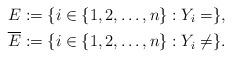
LaTeX: \begin{align*} E &:= \{ i \in \{1, 2, \ldots, n\} : Y_i = \},\\ \overline{E} &:= \{ i \in \{1, 2, \ldots, n\} : Y_i \neq \}. \end{align*}